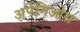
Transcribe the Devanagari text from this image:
अर्पेगिओस